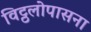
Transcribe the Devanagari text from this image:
विट्ठलोपासना